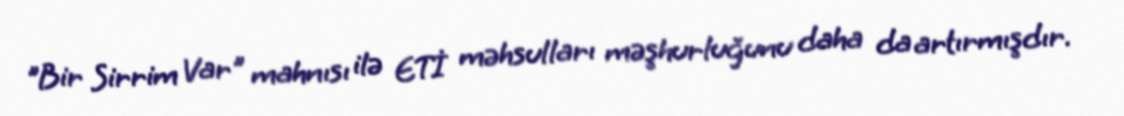
"Bir Sirrim Var" mahnısı ilə ETİ məhsulları məşhurluğunu daha da artırmışdır.